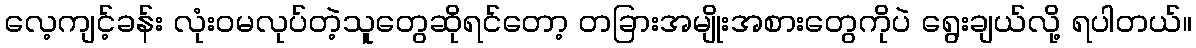
လေ့ကျင့်ခန်း လုံးဝမလုပ်တဲ့သူတွေဆိုရင်တော့ တခြားအမျိုးအစားတွေကိုပဲ ရွေးချယ်လို့ ရပါတယ်။